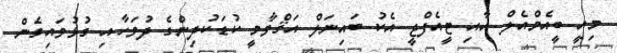
މިއީ ބީއެމްއެލް އާއި ޓީއެފްޖީ އެކު ބައިނަލް އަޤްވާމީ ކުޑަކުދިންގެ ދުވަހާއި ގުޅުވައިގެން